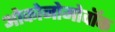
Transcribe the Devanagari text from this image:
ओकोनोमोवॉक